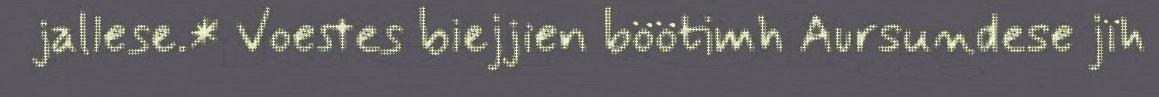
jallese.* Voestes biejjien böötimh Aursundese jïh